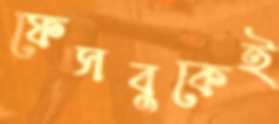
ফেসবুকেই